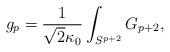
LaTeX: \begin{align*}g_p = \frac{1}{\sqrt{2} \kappa_0} \int_{S^{p + 2}} G_{p + 2},\end{align*}